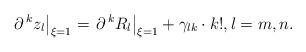
LaTeX: \begin{align*}\left.\partial\,^kz_l\right|_{\xi=1}=\left.\partial\,^kR_l\right|_{\xi=1} + \gamma_{lk}\cdot k!,l=m, n.\end{align*}